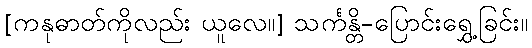
[ကနုဓာတ်ကိုလည်း ယူလေ။] သင်္ကန္တိ-ပြောင်းရွှေ့ခြင်း။